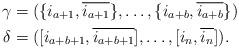
LaTeX: \begin{align*}\gamma &= (\{i_{a+1},\overline{i_{a+1}}\},\ldots,\{i_{a+b},\overline{i_{a+b}}\})\\\delta &= ([i_{a+b+1},\overline{i_{a+b+1}}],\ldots,[i_n,\overline{i_n}]).\end{align*}